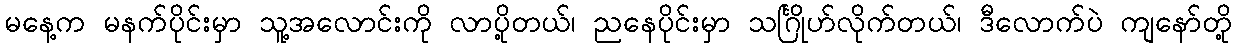
မနေ့က မနက်ပိုင်းမှာ သူ့အလောင်းကို လာပို့တယ်၊ ညနေပိုင်းမှာ သင်္ဂြိုဟ်လိုက်တယ်၊ ဒီလောက်ပဲ ကျနော်တို့